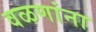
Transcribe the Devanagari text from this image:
वळणांना